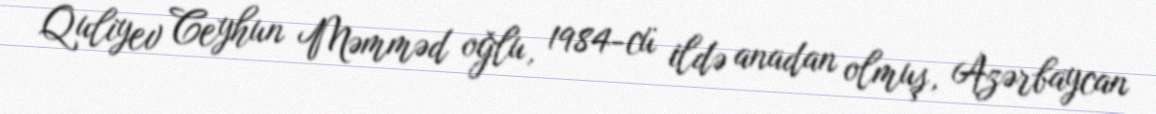
Quliyev Ceyhun Məmməd oğlu, 1984-cü ildə anadan olmuş, Azərbaycan